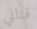
قناني